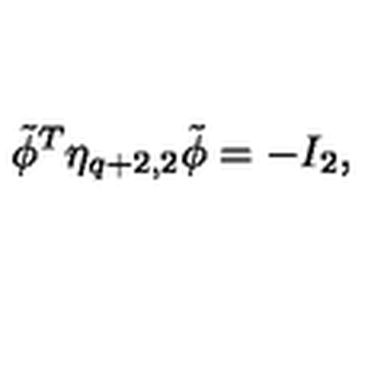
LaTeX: { \tilde { \phi } } ^ { T } { \eta } _ { q + 2 , 2 } { \tilde { \phi } } = - I _ { 2 } ,